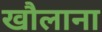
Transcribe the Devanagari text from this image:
खौलाना